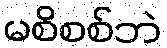
မစိစစ်ဘဲ